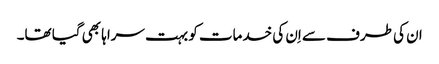
ان کی طرف سے اِن کی خدمات کو بہت سراہا بھی گیا تھا۔